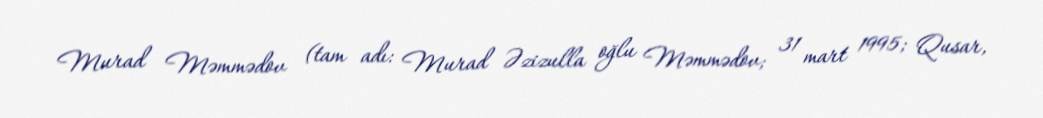
Murad Məmmədov (tam adı: Murad Əzizulla oğlu Məmmədov; 31 mart 1995; Qusar,